Vaccination report Assam 1874-1896 - 1874-1896
Year: 1874
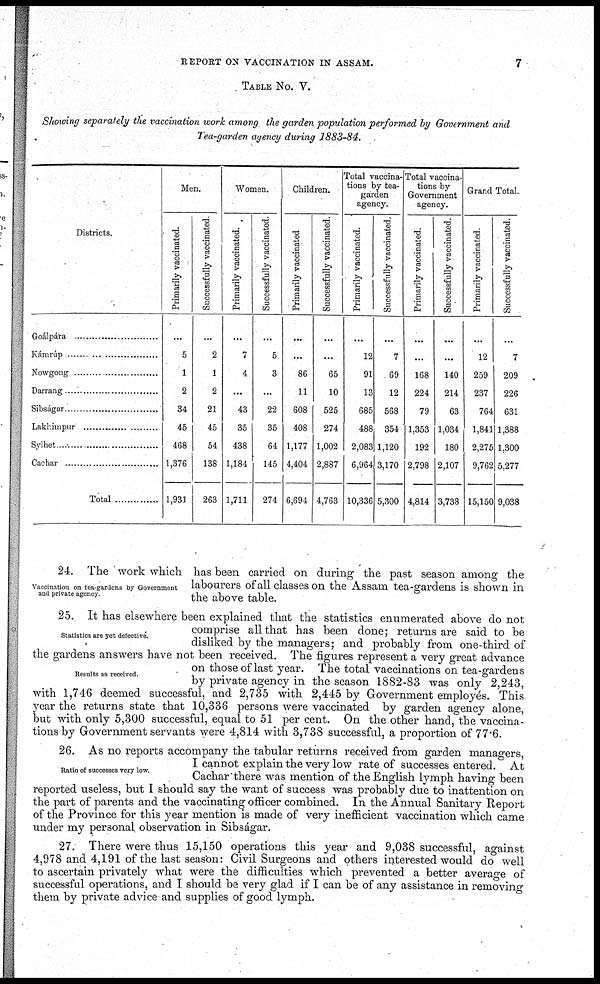
REPORT ON VACCINATION IN ASSAM.
7
TABLE NO. V.
Showing separately the vaccination work among the garden population performed by Government and
Tea-garden agency during 1883-84.
Districts.
Goálpára ....................
Kámrúp ...........................
Nowgong ......................
Darrang .....................
Sibságar .........................
Lakhimpur ......................
Sylhet
Cachar ......................
Total ..............
Men.
Primarily vaccinated.
...
5
1
2
34
45
468
1,376
1,931
Successfully vaccinated.
...
2
1
2
21
45
54
138
263
Women.
Primarily vaccinated.
...
7
4
...
43
35
438
1,184
1,711
Successfully vaccinated.
...
5
3
...
22
35
64
145
274
Children.
Primarily vaccinated
...
...
86
11
608
408
1,177
4,404
6,694
Successfully vaccinated.
...
...
65
10
525
274
1,002
2,887
4,763
Total vaccina-
tions by tea-
garden
agency.
Primarily vaccinated.
...
12
91
13
685
488
2,083
6,964
10,336
Successfully vaccinated.
...
7
69
12
568
354
1,120
3,170
5,300
Total vaccina-
tions by
Government
agency.
Primarily vaccinated.
...
168
224
79
1,353
192
2,798
4,814
Successfully vaccinated.
...
...
140
214
63
1,034
180
2,107
3,738
Grand Total-
Primarily vaccinated.
...
12
259
237
764
1,841
2,275
9,762
15,150
Successfully vaccinated.
...
7
209
226
631
1,388
1,300
5,277
9,038
Vaccination on tea-gardens by Government
and private agency.
24. The work which has been carried on during the past season among the
labourers of all classes on the Assam tea-gardens is shown in
the above table.
Statistics are yet defective.
Results as received.
25. It has elsewhere been explained that the statistics enumerated above do not
comprise all that has been done; returns are said to be
disliked by the managers; and probably from one-third of
the gardens answers have not been received. The figures represent a very great advance
on those of last year. The total vaccinations on tea-gardens
by private agency in the season 1882-83 was only 2,243,
with 1,746 deemed successful, and 2,735 with 2,445 by Government employés. This
year the returns state that 10,336 persons were vaccinated by garden agency alone,
but with only 5,300 successful, equal to 51 per cent. On the other hand, the vaccina-
tions by Government servants were 4,814 with 3,738 successful, a proportion of 77.6.
Ratio of successes very low.
26. As no reports accompany the tabular returns received from garden managers,
I cannot explain the very low rate of successes entered. At
Cachar there was mention of the English lymph having been
reported useless, but I should say the want of success was probably due to inattention on
the part of parents and the vaccinating officer combined. In the Annual Sanitary Report
of the Province for this year mention is made of very inefficient vaccination which came
under my personal observation in Sibságar.
27. There were thus 15,150 operations this year and 9,038 successful, against
4,978 and 4,191 of the last season: Civil Surgeons and others interested would do well
to ascertain privately what were the difficulties which prevented a better average of
successful operations, and I should be very glad if I can be of any assistance in removing
them by private advice and supplies of good lymph.